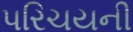
પરિચયની